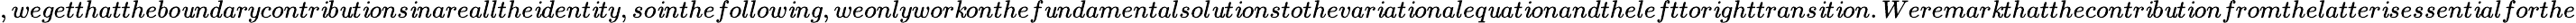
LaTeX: ,wegetthatthebo\mathit{u}ndarycontr\mathit{i}b\mathit{u}t\mathit{i}ons\mathit{i}nareallthe\mathit{i}dent\mathit{i}ty,so\mathit{i}nthefollow\mathit{i}ng,weonlywor\mathit{k}onthef\mathit{u}ndamentalsol\mathit{u}t\mathit{i}onstothevar\mathit{i}at\mathit{i}onaleq\mathit{u}at\mathit{i}onandthelefttor\mathit{i}ghttrans\mathit{i}t\mathit{i}on.Weremar\mathit{k}thatthecontr\mathit{i}b\mathit{u}t\mathit{i}onfromthelatter\mathit{i}sessent\mathit{i}alforthe